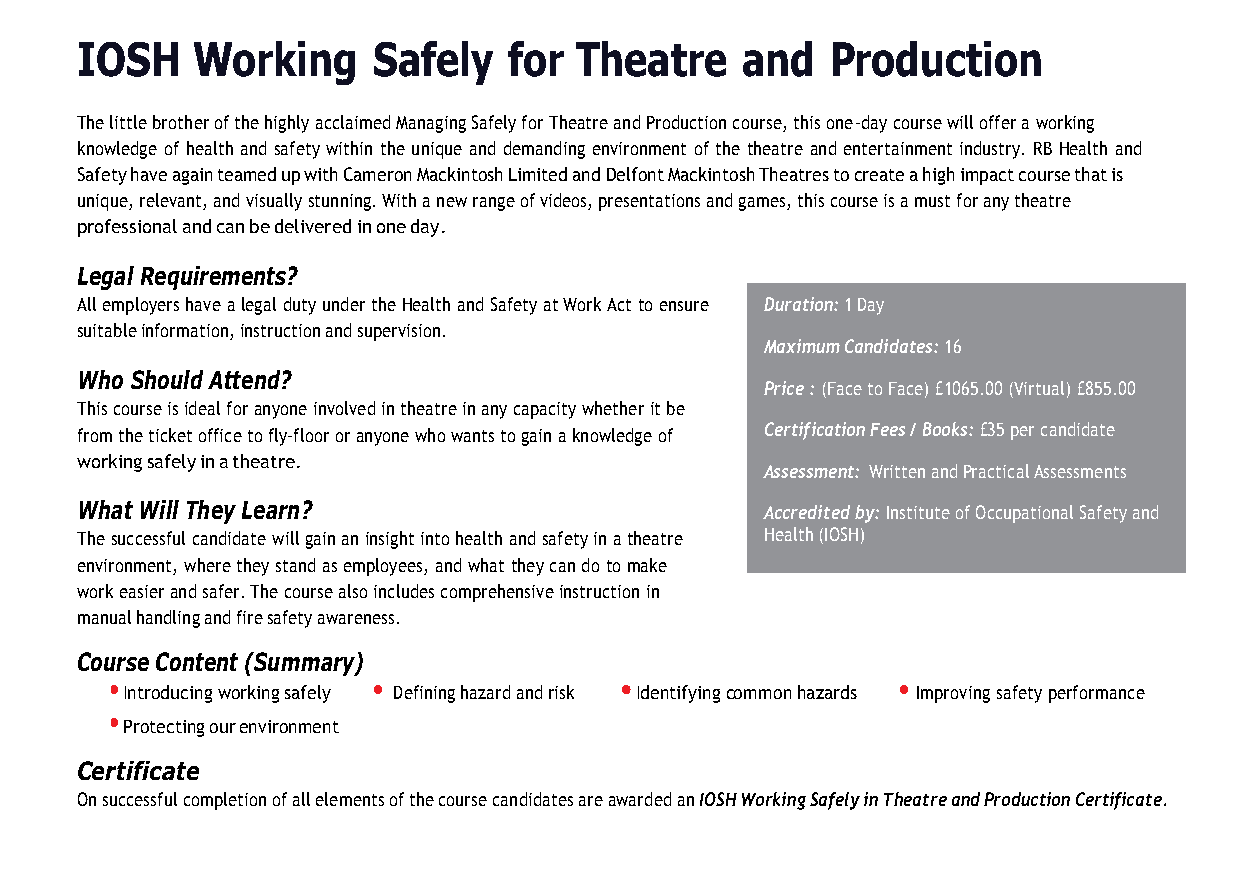
IOSH    Working     Safely   for Theatre    and   Production
 The little brother of the highly acclaimed Managing Safely for Theatre and Production course, this one-day course will offer a working
 knowledge of health and safety within the unique and demanding environment of the theatre and entertainment industry. RB Health and
 Safety have again teamed up with Cameron Mackintosh Limited and Delfont Mackintosh Theatres to create a high impact course that is
 unique, relevant, and visually stunning. With a new range of videos, presentations and games, this course is a must for any theatre
 professional and can be delivered in one day.
 Legal Requirements?
 All employers have a legal duty under the Health and Safety at Work Act to ensure Duration: 1 Day
 suitable information, instruction and supervision.
 Maximum Candidates: 16
 Who Should Attend?
 Price : (Face to Face) £1065.00 (Virtual) £855.00
 This course is ideal for anyone involved in theatre in any capacity whether it be
 from the ticket office to fly-floor or anyone who wants to gain a knowledge of Certification Fees / Books: £35 per candidate
 working safely in a theatre.
 Assessment: Written and Practical Assessments
 What Will They Learn?                         Accredited by: Institute of Occupational Safety and
 The successful candidate will gain an insight into health and safety in a theatre Health (IOSH)
 environment, where they stand as employees, and what they can do to make
 work easier and safer. The course also includes comprehensive instruction in
 manual handling and fire safety awareness.
 Course Content (Summary)
 •                 •               •                 •
 Introducing working safely Defining hazard and risk Identifying common hazards Improving safety performance
 •
 Protecting our environment
 Certificate
 On successful completion of all elements of the course candidates are awarded an IOSH Working Safely in Theatre and Production Certificate.